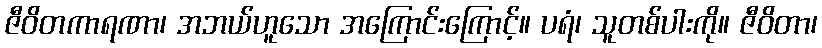
ဇီဝိတကာရဏာ၊ အဘယ်ဟူသော အကြောင်းကြောင့်။ ပရံ၊ သူတစ်ပါးကို။ ဇီဝိတာ၊